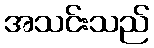
အသင်းသည်